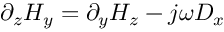
\partial _ { z } H _ { y } = \partial _ { y } H _ { z } - j \omega D _ { x }